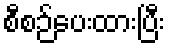
စီစဉ်ပေးထားပြီး